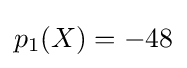
p_{1}(X)=-48